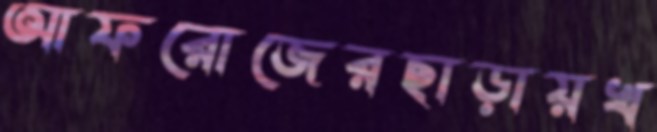
আফরোজেরছাড়ায়খ